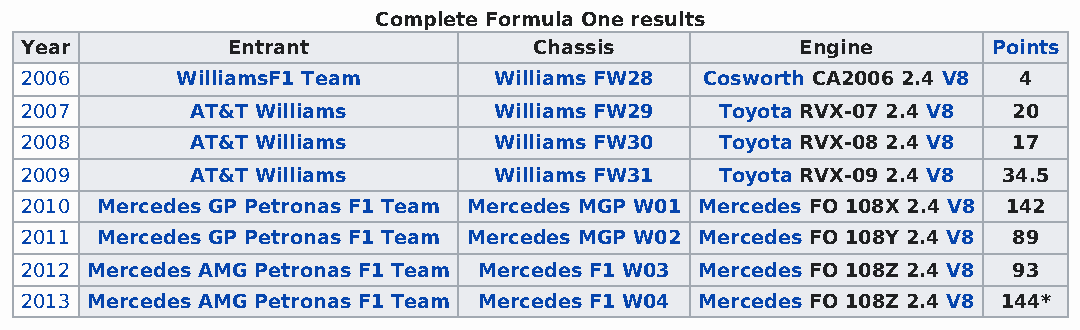
Complete Formula One results
 Year          Entrant             Chassis           Engine       Points
 2006       WilliamsF1 Team      Williams FW28 Cosworth CA2006 2.4 V8 4
 2007        AT&T Williams       Williams FW29  Toyota RVX-07 2.4 V8 20
 2008        AT&T Williams       Williams FW30  Toyota RVX-08 2.4 V8 17
 2009        AT&T Williams       Williams FW31  Toyota RVX-09 2.4 V8 34.5
 2010 Mercedes GP Petronas F1 Team Mercedes MGP W01 Mercedes FO 108X 2.4 V8 142
 2011 Mercedes GP Petronas F1 Team Mercedes MGP W02 Mercedes FO 108Y 2.4 V8 89
 2012 Mercedes AMG Petronas F1 Team Mercedes F1 W03 Mercedes FO 108Z 2.4 V8 93
 2013 Mercedes AMG Petronas F1 Team Mercedes F1 W04 Mercedes FO 108Z 2.4 V8 144*